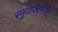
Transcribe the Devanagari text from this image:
स्फुटरचनाएँ।